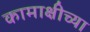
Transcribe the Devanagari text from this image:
कामाक्षीच्या